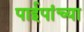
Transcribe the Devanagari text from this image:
पाईपांच्या